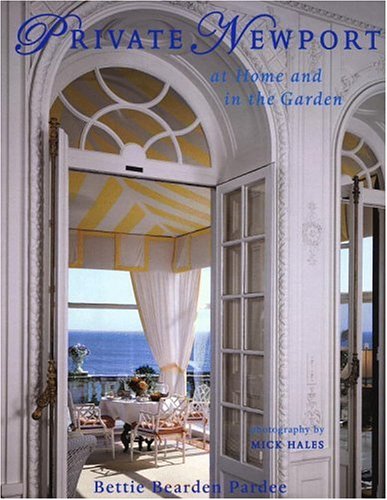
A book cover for Private Newport: At Home and In the Garden; Bettie Bearden Pardee; Travel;